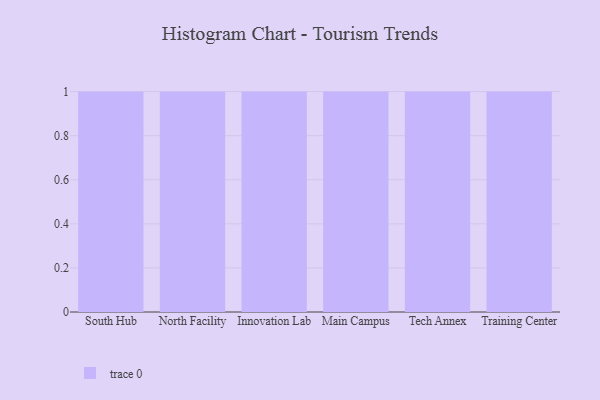
{"axis": {"x": "Campus", "y": "Backlog"}, "legend": [""], "data": [{"x": "South Hub", "y": 29, "type": ""}, {"x": "North Facility", "y": 26, "type": ""}, {"x": "Innovation Lab", "y": 24, "type": ""}, {"x": "Main Campus", "y": 51, "type": ""}, {"x": "Tech Annex", "y": 71, "type": ""}, {"x": "Training Center", "y": 68, "type": ""}]}